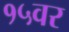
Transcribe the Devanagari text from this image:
१५वर